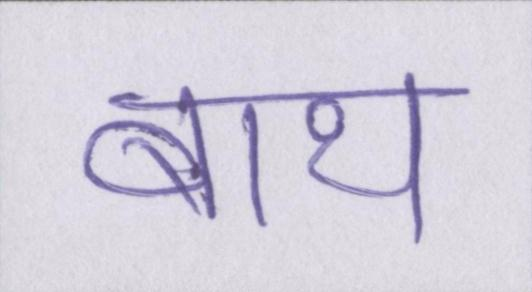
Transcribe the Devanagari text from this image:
बाथ